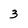
Character: 3